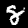
Label: 8